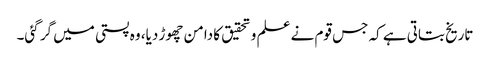
تاریخ بتاتی ہے کہ جس قوم نے علم و تحقیق کا دامن چھوڑ دیا، وہ پستی میں گر گئی۔